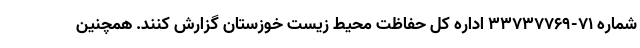
شماره ۷۱-۳۳۷۳۷۷۶۹ اداره کل حفاظت محیط زیست خوزستان گزارش کنند. همچنین